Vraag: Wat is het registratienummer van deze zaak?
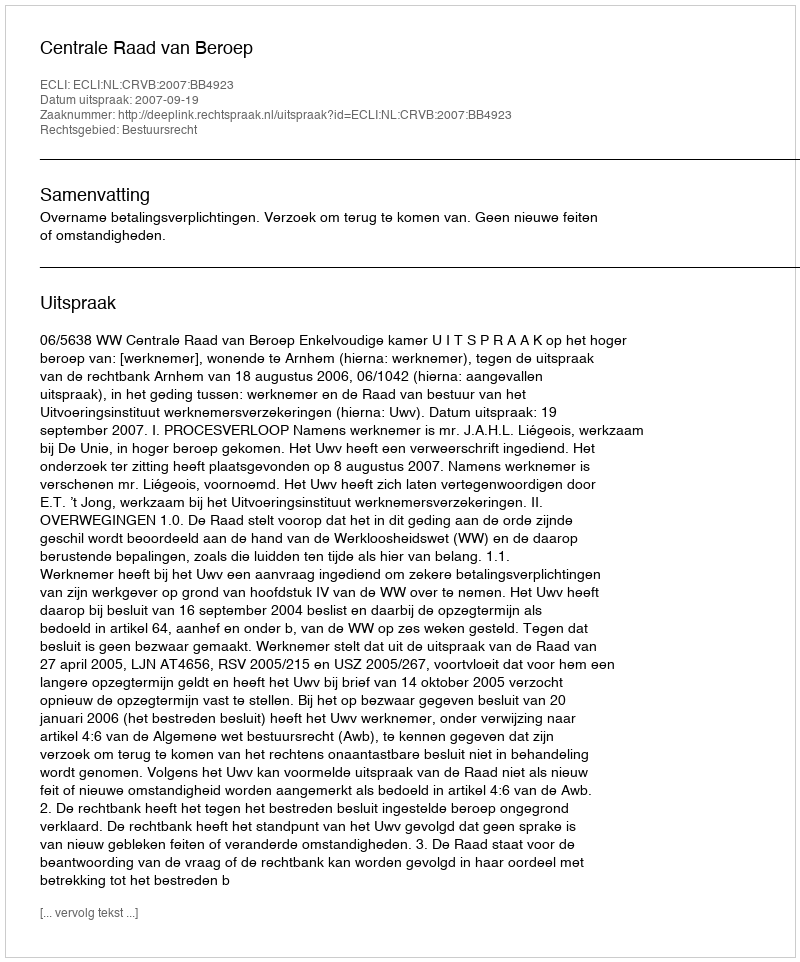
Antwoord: http://deeplink.rechtspraak.nl/uitspraak?id=ECLI:NL:CRVB:2007:BB4923